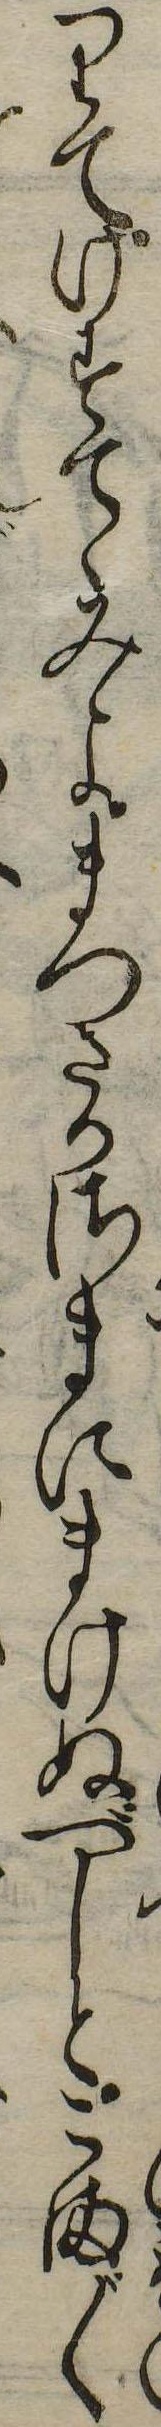
りてけすてゝみよまつたかさまにまけぬべしとこま〲